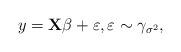
LaTeX: \begin{align*}y = \mathbf{X} \beta + \varepsilon, \varepsilon \sim \gamma_{\sigma^2},\end{align*}